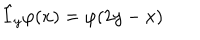
LaTeX: \hat { I } _ { y } \varphi ( x ) = \varphi ( 2 y - x )